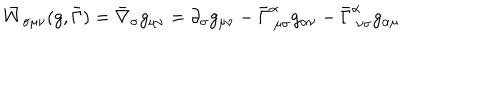
\bar { W } _ { \sigma \mu \nu } ( g , \bar { \Gamma } ) = \bar { \nabla } _ { \sigma } g _ { \mu \nu } = \partial _ { \sigma } g _ { \mu \nu } - \bar { \Gamma } _ { ~ \mu \sigma } ^ { \alpha } g _ { \alpha \nu } - \bar { \Gamma } _ { ~ \nu \sigma } ^ { \alpha } g _ { \alpha \mu }